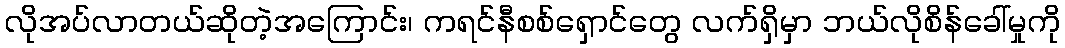
လိုအပ်လာတယ်ဆိုတဲ့အကြောင်း၊ ကရင်နီစစ်ရှောင်တွေ လက်ရှိမှာ ဘယ်လိုစိန်ခေါ်မှုကို